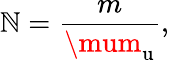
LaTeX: \mathbb{N}={\frac{{m}}{{\mum_{\mathrm{{u}}}}}},